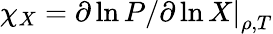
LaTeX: \chi_{X}=\left.\partial\ln P/\partial\ln X\right|_{\rho,T}